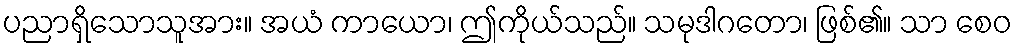
ပညာရှိသောသူအား။ အယံ ကာယော၊ ဤကိုယ်သည်။ သမုဒါဂတော၊ ဖြစ်၏။ သာ စေဝ